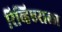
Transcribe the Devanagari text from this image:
रिव्हिएराला